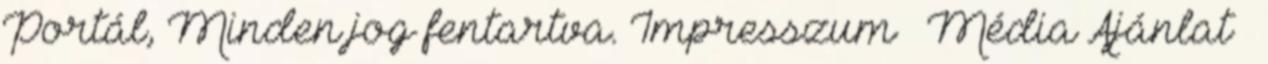
Portál, Minden jog fentartva. Impresszum Média Ajánlat